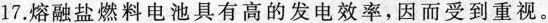
17.熔融盐燃料电池具有高的发电效率，因而受到重视。